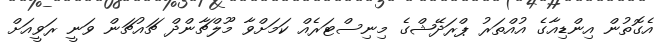
އެގޮތުން އިންޑިއާގެ އުއްތަރު ޕްރަދޭޝްގެ މިނިސްޓަރެއް ކަމަށްވާ މޫލްޗާންދް ޗައުޗަން ވަނީ ރަވީއަށް